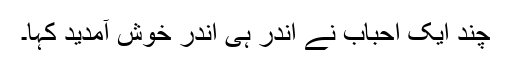
چند ایک احباب نے اندر ہی اندر خوش آمدید کہا۔